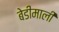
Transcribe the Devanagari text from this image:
बेडीमाली